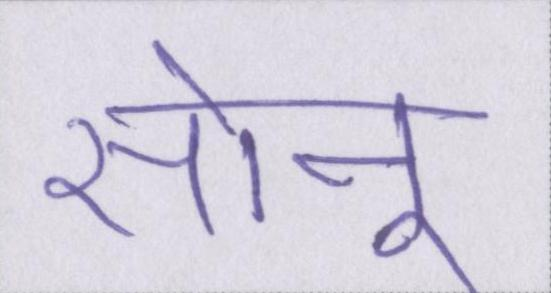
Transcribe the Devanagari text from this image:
सोनू